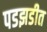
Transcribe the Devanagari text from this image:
पडझडीत